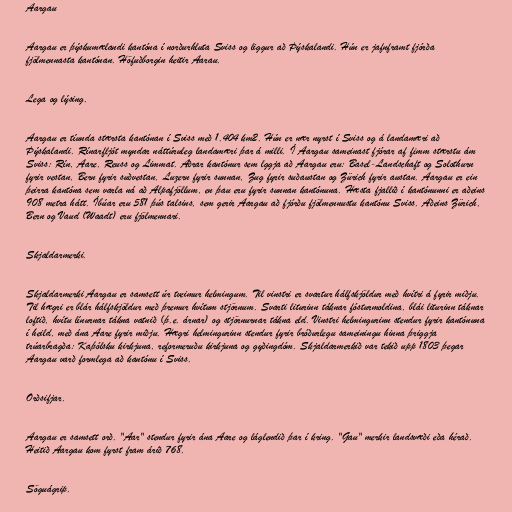
Aargau

Aargau er þýskumælandi kantóna í norðurhluta Sviss og liggur að Þýskalandi. Hún er jafnframt fjórða
fjölmennasta kantónan. Höfuðborgin heitir Aarau.

Lega og lýsing.

Aargau er tíunda stærsta kantónan í Sviss með 1.404 km2. Hún er nær nyrst í Sviss og á landamæri að
Þýskalandi. Rínarfljót myndar náttúruleg landamæri þar á milli. Í Aargau sameinast fjórar af fimm stærstu ám
Sviss: Rín, Aare, Reuss og Limmat. Aðrar kantónur sem lggja að Aargau eru: Basel-Landschaft og Solothurn
fyrir vestan, Bern fyrir suðvestan, Luzern fyrir sunnan, Zug fyrir suðaustan og Zürich fyrir austan. Aargau er ein
þeirra kantóna sem varla ná að Alpafjöllum, en þau eru fyrir sunnan kantónuna. Hæsta fjallið í kantónunni er aðeins
908 metra hátt. Íbúar eru 581 þús talsins, sem gerir Aargau að fjórðu fjölmennustu kantónu Sviss. Aðeins Zürich,
Bern og Vaud (Waadt) eru fjölmennari.

Skjaldarmerki.

Skjaldarmerki Aargau er samsett úr tveimur helmingum. Til vinstri er svartur hálfskjöldur með hvítri á fyrir miðju.
Til hægri er blár hálfskjöldur með þremur hvítum stjörnum. Svarti liturinn táknar fósturmoldina, blái liturinn táknar
loftið, hvítu línurnar tákna vatnið (þ.e. árnar) og stjörnurnar tákna eld. Vinstri helmingurinn stendur fyrir kantónuna
í heild, með ána Aare fyrir miðju. Hægri helmingurinn stendur fyrir bróðurlegu sameiningu hinna þriggja
trúarbragða: Kaþólsku kirkjuna, reformeruðu kirkjuna og gyðingdóm. Skjaldarmerkið var tekið upp 1803 þegar
Aargau varð formlega að kantónu í Sviss.

Orðsifjar.

Aargau er samsett orð. "Aar" stendur fyrir ána Aare og láglendið þar í kring. "Gau" merkir landsvæði eða hérað.
Heitið Aargau kom fyrst fram árið 768.

Söguágrip.